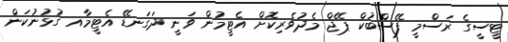
ޓީސީގެ ރަސްމީ ފޭސްބުކް ޕޭޖް މެދުވެރިކޮށް އެޓީމުން ވަނީ ދަގަނޑޭ އެޓީމާއ ގުޅުނުކަން